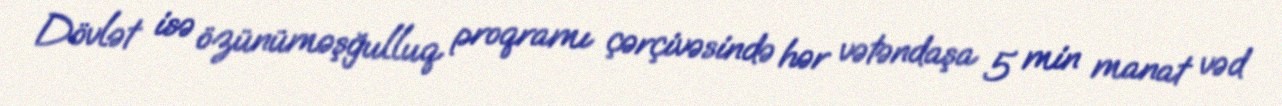
Dövlət isə özünüməşğulluq proqramı çərçivəsində hər vətəndaşa 5 min manat vəd